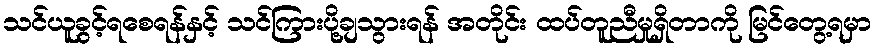
သင်ယူခွင့်ရစေရန်နှင့် သင်ကြားပို့ချသွားရန် အတိုင်း ထပ်တူညီမှုရှိတာကို မြင်တွေ့ရမှာ